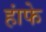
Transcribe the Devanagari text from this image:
हांफे